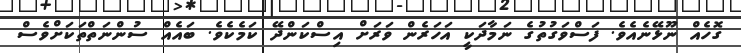
ގޮހެއް ނޫޅޭނެއެވެ. ފަސްވަގުތުގެ ނަމާދަކީ އަހަރެން ވަރަށް އިސްކަންދޭ ކަމެކެވެ. ބައެއް ސުންނަތްތަކަށްވެސް